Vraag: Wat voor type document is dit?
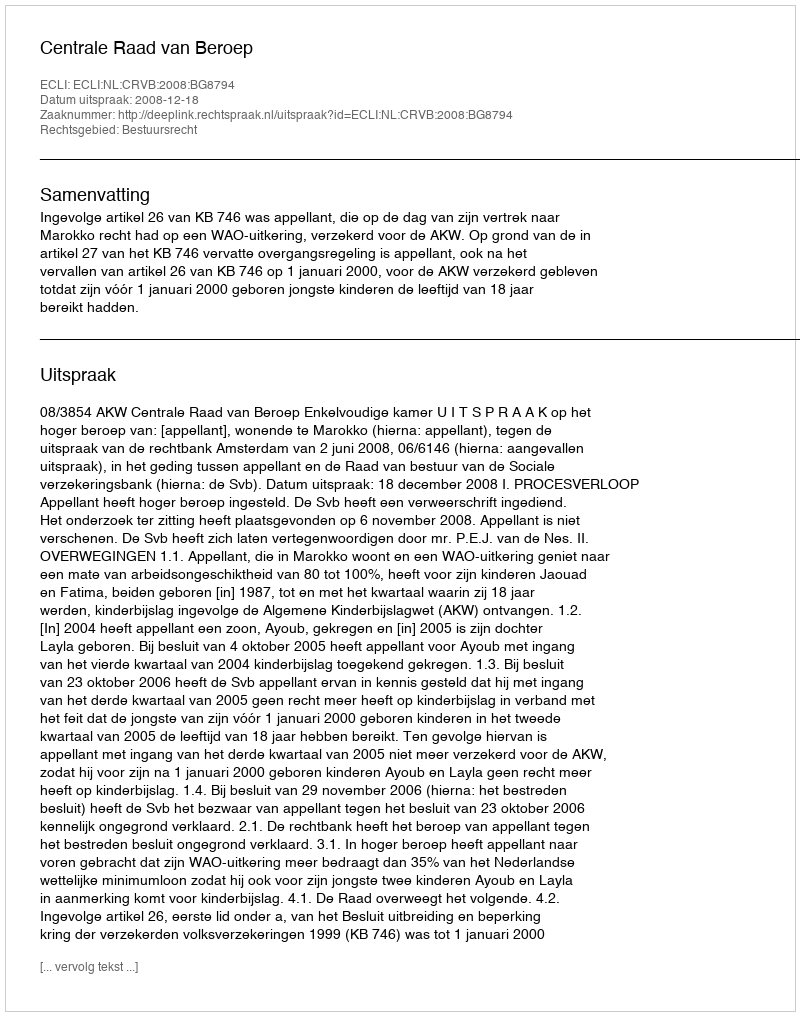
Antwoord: Uitspraak